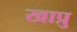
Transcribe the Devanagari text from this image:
खाप्रु